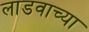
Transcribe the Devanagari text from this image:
लाडवाच्या